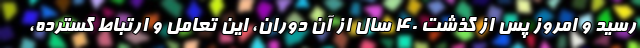
رسید و امروز پس از گذشت ۴۰ سال از آن دوران، این تعامل و ارتباط گسترده،